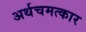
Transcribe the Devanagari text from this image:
अर्थचमत्कार